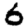
Digit: 6